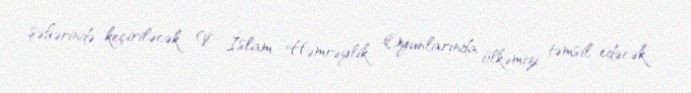
şəhərində keçiriləcək V İslam Həmrəylik Oyunlarında ölkəmizi təmsil edəcək.